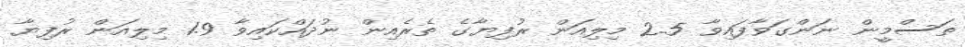
ތަސްމީން ނަންގަވާފައިވާ 2.5 މިލިއަން ރުފިޔާގެ ތެރެއިން ނުދައްކައިވާ 1.9 މިލިއަން ރުފިޔާ